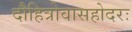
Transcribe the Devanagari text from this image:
दौहित्रोवासहोदरः